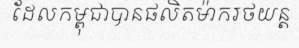
ដែលកម្ពុជាបានផលិតម៉ាករថយន្ត